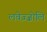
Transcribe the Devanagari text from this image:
लवेज़्ज़ोलि